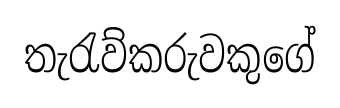
තැරැව්කරුවකුගේ